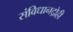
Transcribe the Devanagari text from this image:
संविधानद्रोही